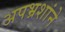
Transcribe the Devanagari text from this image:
अपभ्रशांने